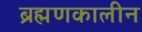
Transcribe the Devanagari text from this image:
ब्रह्मणकालीन